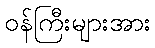
ဝန်ကြီးများအား